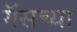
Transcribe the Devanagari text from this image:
गॅसच्या